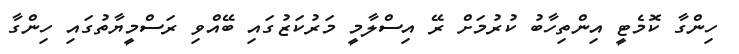
ހިންގާ ކޮމެޓީ އިންތިހާބު ކުރުމަށް ރޭ އިސްލާމީ މަރުކަޒުގައި ބޭއްވި ރަސްމީޔާތުގައި ހިންގާ